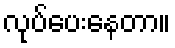
လုပ်ပေးနေတာ။